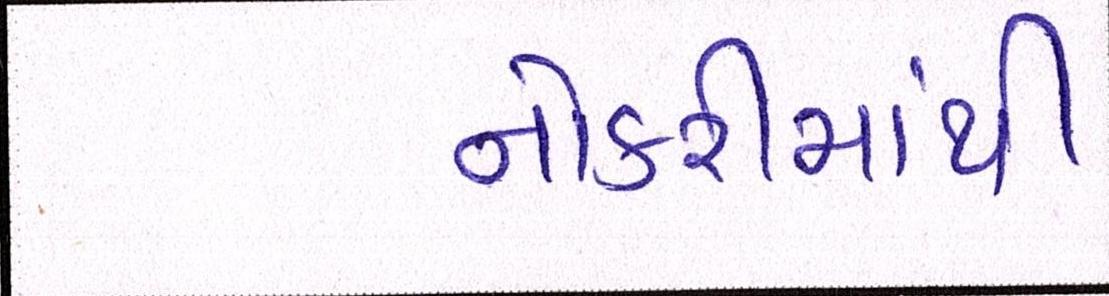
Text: નોકરીમાંથી